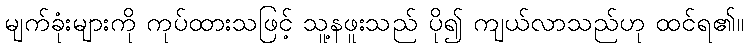
မျက်ခုံးများကို ကုပ်ထားသဖြင့် သူ့နဖူးသည် ပို၍ ကျယ်လာသည်ဟု ထင်ရ၏။